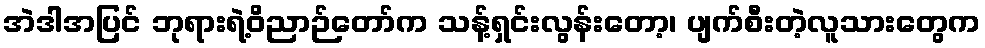
အဲဒါအပြင် ဘုရားရဲ့ဝိညာဉ်တော်က သန့်ရှင်းလွန်းတော့၊ ပျက်စီးတဲ့လူသားတွေက